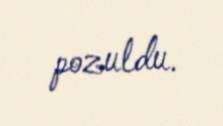
pozuldu.